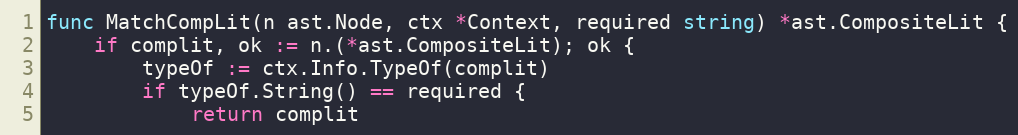
Language: Go
func MatchCompLit(n ast.Node, ctx *Context, required string) *ast.CompositeLit {
	if complit, ok := n.(*ast.CompositeLit); ok {
		typeOf := ctx.Info.TypeOf(complit)
		if typeOf.String() == required {
			return complit